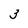
Character: 3